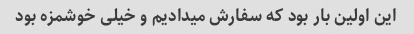
این اولین بار بود که سفارش میدادیم و خیلی خوشمزه بود